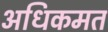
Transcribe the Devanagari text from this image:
अधिकमत